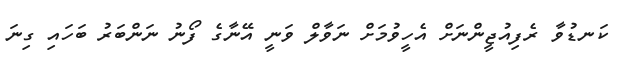
ކަނޑުވާ ރެފިއުޖީންނަށް އެހީވުމަށް ނަވާލް ވަނީ އޭނާގެ ފޯނު ނަންބަރު ބަހައި ގިނަ